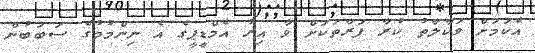
އެކަމަށް ވަކާލާތު ކުރާ ފަރާތަކަށް ވާ އިރު އެމްޑީޕީގެ އެ ނިންމުމުގެ ސަބަބުން